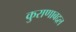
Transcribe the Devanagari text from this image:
कुराणाबद्दल